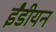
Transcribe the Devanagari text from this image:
ईंडीयन